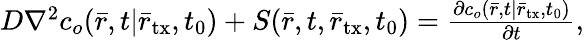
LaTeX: \begin{array}{r}{D{\nabla^{2}}c_{o}(\bar{r},t|{{\bar{r}}_{\mathrm{tx}}},{t_{0}})+S(\bar{r},t,{\bar{r}_{\mathrm{tx}}},t_{0})=\frac{{\partial c_{o}(\bar{r},t|{{\bar{r}}_{\mathrm{tx}}},{t_{0}})}}{{\partial t}},}\end{array}